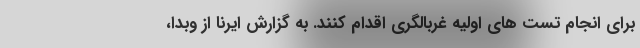
برای انجام تست های اولیه غربالگری اقدام کنند. به گزارش ایرنا از وبدا،